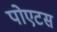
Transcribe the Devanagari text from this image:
पोएटस